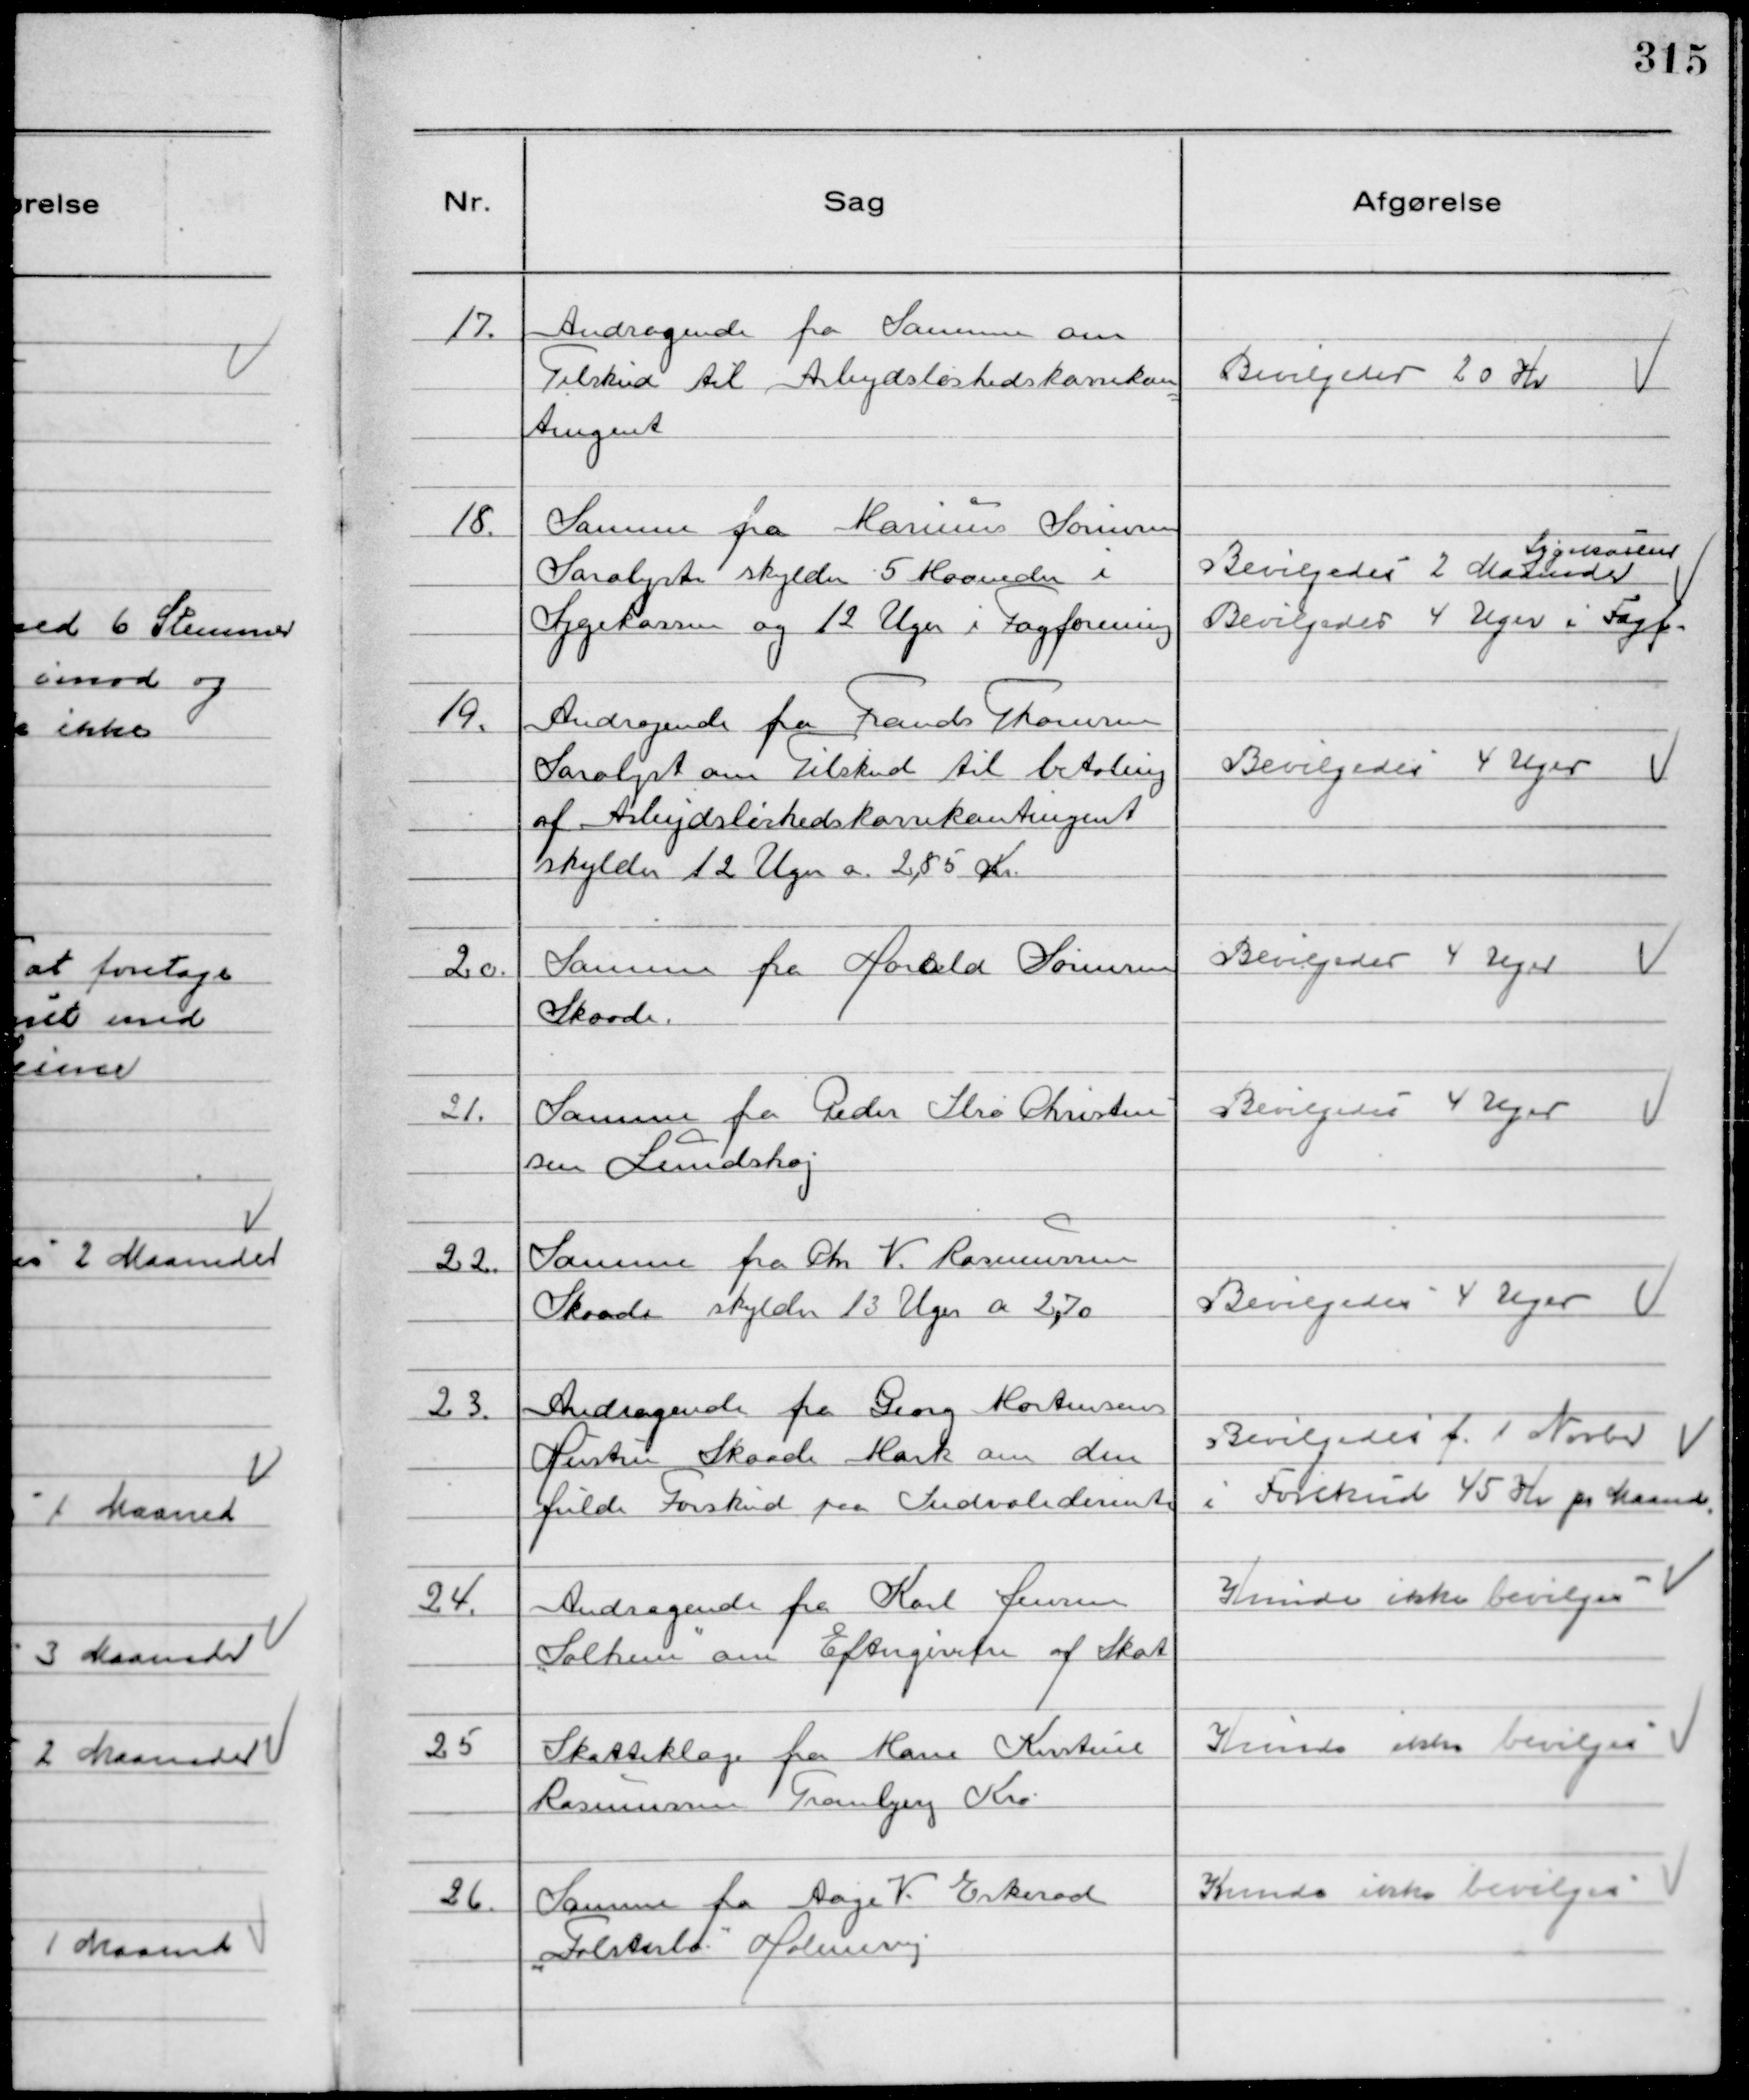
Transskription:
17. 
Andragende fra Samme om
Tilskud til Arbejdsløshedskassekon
tingent

Bevilgedes 20 Kr

18.
Samme fra Marinus Sørensen
Saralyst skylder 5 Maaneder i
Sygekassen og 12 Uger i Fagforening

Sygekassen
Bevilgedes 2 Maaneder
Bevilgedes 4 Uger i Fagf.

19.
Andragende fra Frands Thomsen
Saralyst om Tilskud til betaling
af Arbejdsløshedskassekontingent
skylder 12 Uger a 2,85 Kr.

Bevilgedes 4 Uger

20.
Samme fra Harald Sørensen
Skaade.

Bevilgedes 4 Uger

21.
Samme fra Peder Ilsø Christen
sen Lundshøj

Bevilgedes 4 Uger

22.
Samme fra Chr V. Rasmussen
Skaade skylder 13 Uger a 2,70

Bevilgedes 4 Uger

23.
Andragende fra Georg Mortensens
Hustru Skaade Mark om den
fulde Forskud paa Indvaliderente

Bevilgedes f. 1 Novbr
i Forskud 45 Kr pr Maaned

24.
Andragende fra Karl Jensen
"Solhem" om Eftergivelse af Skat

Kunde ikke Bevilges

25
Skatteklage fra Marie Kirstine
Rasmussen Tranbjerg Kro

Kunde ikke bevilges

26.
Samme fra Aage V. Eskerod
"Falsterbo" Holmevej

Kunde ikke bevilges